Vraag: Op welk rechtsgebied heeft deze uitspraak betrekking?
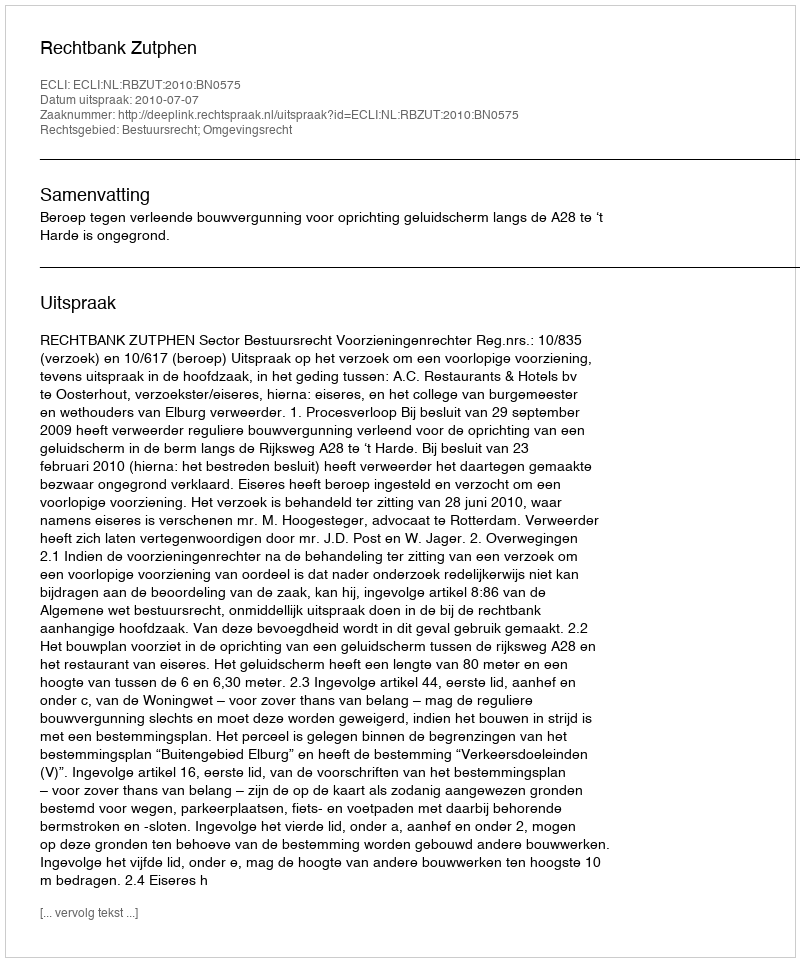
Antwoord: Bestuursrecht; Omgevingsrecht